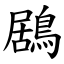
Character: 鶋